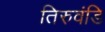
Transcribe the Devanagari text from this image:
तिरुवंडि